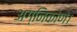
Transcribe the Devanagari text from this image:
अग्निकोणे।